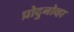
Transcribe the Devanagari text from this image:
प्रोदुनोव्हा